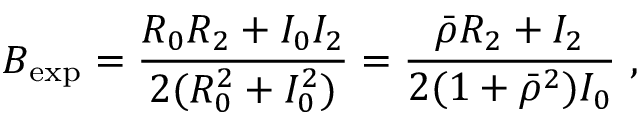
B _ { \mathrm { e x p } } = { \frac { { \cal R } _ { 0 } { \cal R } _ { 2 } + { \cal I } _ { 0 } { \cal I } _ { 2 } } { 2 ( { \cal R } _ { 0 } ^ { 2 } + { \cal I } _ { 0 } ^ { 2 } ) } } = { \frac { \bar { \rho } { \cal R } _ { 2 } + { \cal I } _ { 2 } } { 2 ( 1 + \bar { \rho } ^ { 2 } ) { \cal I } _ { 0 } } } ~ ,